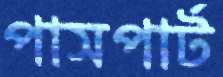
পাসপার্ট